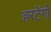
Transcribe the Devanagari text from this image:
हरटेंगो